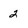
Character: 2